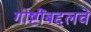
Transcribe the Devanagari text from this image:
गोष्टींबद्दलचे